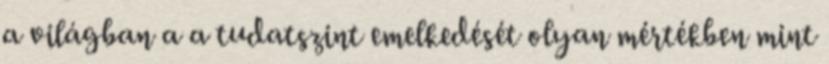
a világban a a tudatszint emelkedését olyan mértékben mint